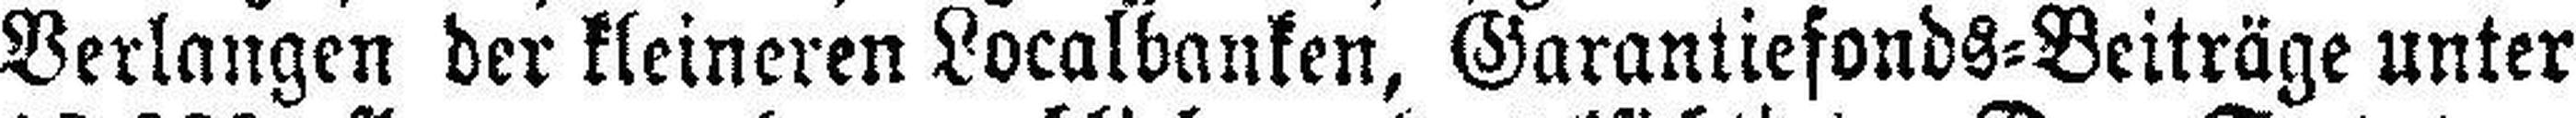
Verlangen der kleineren Localbanken, Garantiefonds=Beiträge unter